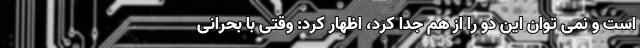
است و نمی توان این دو را از هم جدا کرد، اظهار کرد: وقتی با بحرانی